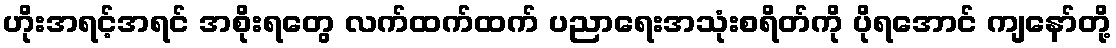
ဟိုးအရင့်အရင် အစိုးရတွေ လက်ထက်ထက် ပညာရေးအသုံးစရိတ်ကို ပိုရအောင် ကျနော်တို့